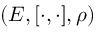
( E , [ \cdot , \cdot ] , \rho )